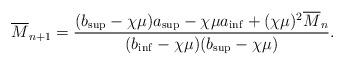
LaTeX: \begin{align*}\overline{M}_{n+1}=\frac{(b_{\sup}-\chi\mu)a_{\sup}-\chi\mu a_{\inf}+(\chi\mu)^2\overline{M}_{n}}{(b_{\inf}-\chi\mu)(b_{\sup}-\chi\mu)}.\end{align*}